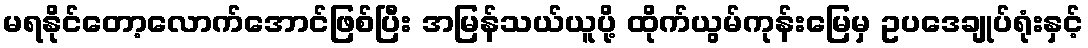
မရနိုင်တော့လောက်အောင်ဖြစ်ပြီး အမြန်သယ်ယူပို့ ထိုက်ယွမ်ကုန်းမြေမှ ဥပဒေချုပ်ရုံးနှင့်